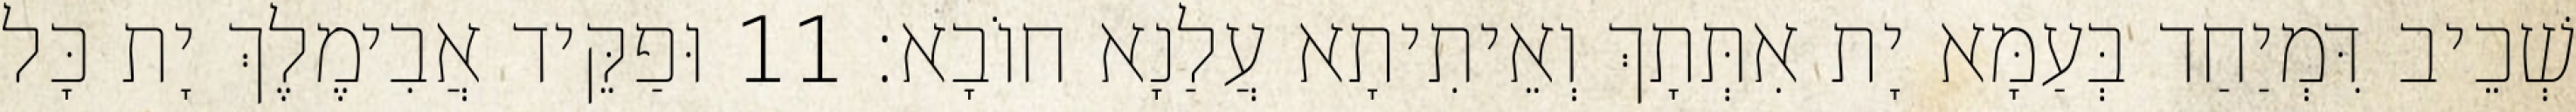
שְׁכֵיב דִּמְיַחַד בְּעַמָּא יָת אִתְּתָךְ וְאֵיתִיתָא עֲלַנָא חוֹבָא׃ 11 וּפַקֵּיד אֲבִימֶלֶךְ יָת כָּל